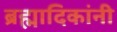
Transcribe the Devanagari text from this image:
ब्रह्मादिकांनी